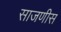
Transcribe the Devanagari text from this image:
साजणीस